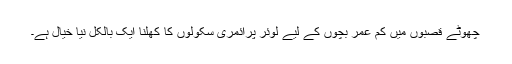
چھوٹے قصبوں میں کم عمر بچوں کے لیے لوئر پرائمری سکولوں کا کھلنا ایک بالکل نیا خیال ہے۔